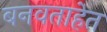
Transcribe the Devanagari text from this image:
बनवताहेत